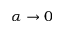
\alpha \rightarrow 0